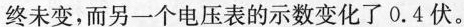
终未变，而另一个电压表的示数变化了0.4伏。